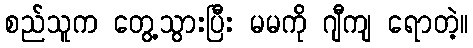
စည်သူက တွေ့သွားပြီး မမကို ဂျီကျ ရောတဲ့။